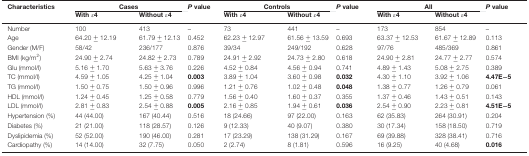
<table><thead><tr><td><b>Characteristics</b></td><td colspan="2"><b>Cases</b></td><td><b><i>P</i> value</b></td><td colspan="2"><b>Controls</b></td><td><b><i>P</i> value</b></td><td colspan="2"><b>All</b></td><td><b><i>P</i> value</b></td></tr><tr><td></td><td><b>With ε4</b></td><td><b>Without ε4</b></td><td></td><td><b>With ε4</b></td><td><b>Without ε4</b></td><td></td><td><b>With ε4</b></td><td><b>Without ε4</b></td><td></td></tr></thead><tbody><tr><td>Number</td><td>100</td><td>413</td><td>–</td><td>73</td><td>441</td><td>–</td><td>173</td><td>854</td><td>–</td></tr><tr><td>Age</td><td>64.20 ± 12.19</td><td>61.79 ± 12.13</td><td>0.452</td><td>62.23 ± 12.97</td><td>61.56 ± 13.59</td><td>0.693</td><td>63.37 ± 12.53</td><td>61.67 ± 12.89</td><td>0.113</td></tr><tr><td>Gender (M/F)</td><td>58/42</td><td>236/177</td><td>0.876</td><td>39/34</td><td>249/192</td><td>0.628</td><td>97/76</td><td>485/369</td><td>0.861</td></tr><tr><td>BMI (kg/m<sup>2</sup>)</td><td>24.90 ± 2.74</td><td>24.82 ± 2.73</td><td>0.789</td><td>24.91 ± 2.92</td><td>24.73 ± 2.80</td><td>0.618</td><td>24.90 ± 2.81</td><td>24.77 ± 2.77</td><td>0.574</td></tr><tr><td>Glu (mmol/l)</td><td>5.16 ± 1.70</td><td>5.63 ± 3.76</td><td>0.226</td><td>4.52 ± 0.84</td><td>4.56 ± 0.94</td><td>0.741</td><td>4.89 ± 1.43</td><td>5.08 ± 2.75</td><td>0.389</td></tr><tr><td>TC (mmol/l)</td><td>4.59 ± 1.05</td><td>4.25 ± 1.04</td><td><b>0.003</b></td><td>3.89 ± 1.04</td><td>3.60 ± 0.98</td><td><b>0.032</b></td><td>4.30 ± 1.10</td><td>3.92 ± 1.06</td><td><b>4.47E−5</b></td></tr><tr><td>TG (mmol/l)</td><td>1.50 ± 0.75</td><td>1.50 ± 0.96</td><td>0.996</td><td>1.21 ± 0.76</td><td>1.02 ± 0.48</td><td><b>0.048</b></td><td>1.38 ± 0.77</td><td>1.26 ± 0.79</td><td>0.061</td></tr><tr><td>HDL (mmol/l)</td><td>1.24 ± 0.45</td><td>1.25 ± 0.58</td><td>0.779</td><td>1.56 ± 0.40</td><td>1.60 ± 0.37</td><td>0.355</td><td>1.37 ± 0.46</td><td>1.43 ± 0.51</td><td>0.143</td></tr><tr><td>LDL (mmol/l)</td><td>2.81 ± 0.83</td><td>2.54 ± 0.88</td><td><b>0.005</b></td><td>2.16 ± 0.85</td><td>1.94 ± 0.61</td><td><b>0.036</b></td><td>2.54 ± 0.90</td><td>2.23 ± 0.81</td><td><b>4.51E−5</b></td></tr><tr><td>Hypertension (%)</td><td>44 (44.00)</td><td>167 (40.44)</td><td>0.516</td><td>18 (24.66)</td><td>97 (22.00)</td><td>0.163</td><td>62 (35.83)</td><td>264 (30.91)</td><td>0.204</td></tr><tr><td>Diabetes (%)</td><td>21 (21.00)</td><td>118 (28.57)</td><td>0.126</td><td>9 (12.33)</td><td>40 (9.07)</td><td>0.380</td><td>30 (17.34)</td><td>158 (18.50)</td><td>0.719</td></tr><tr><td>Dyslipidemia (%)</td><td>52 (52.00)</td><td>190 (46.00)</td><td>0.281</td><td>17 (23.29)</td><td>138 (31.29)</td><td>0.167</td><td>69 (39.88)</td><td>328 (38.41)</td><td>0.716</td></tr><tr><td>Cardiopathy (%)</td><td>14 (14.00)</td><td>32 (7.75)</td><td>0.050</td><td>2 (2.74)</td><td>8 (1.81)</td><td>0.596</td><td>16 (9.25)</td><td>40 (4.68)</td><td><b>0.016</b></td></tr></tbody></table>